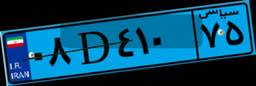
۰۸D۴۱۰۷۵